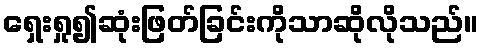
ရှေးရှု၍ဆုံးဖြတ်ခြင်းကိုသာဆိုလိုသည်။